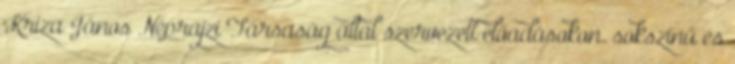
Kriza János Néprajzi Társaság által szervezett előadásokon. sokszínű és